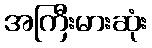
အကြီးမားဆုံး